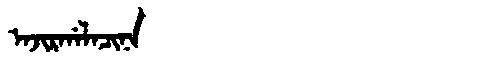
Manchu: ᠠᠵᡳᡵᡤᠠᠯᠠᠴᡳᠨᠠ
Romanization: AJIRGALACINA